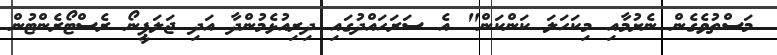
މަސްތުވެގެން ނެށުމާއި މިކަހަލަ ކަންކަން" އެ ސަރަހައްދުގައި ދިރިއުޅެމުންދާ އަދި ޖަލަޕީނޯ ރެސްޓޯރެންޓުން